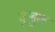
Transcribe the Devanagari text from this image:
कूबुल